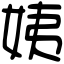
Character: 姨